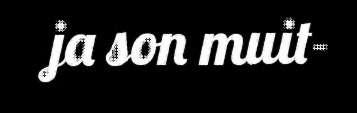
ja son muit-